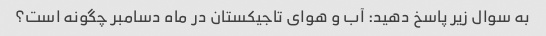
به سوال زیر پاسخ دهید: آب و هوای تاجیکستان در ماه دسامبر چگونه است؟